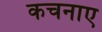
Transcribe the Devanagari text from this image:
कचनाए